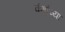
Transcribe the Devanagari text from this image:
वंशांच्या